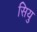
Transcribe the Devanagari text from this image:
सियु